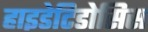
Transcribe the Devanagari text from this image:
हाइडेटिडोसिस